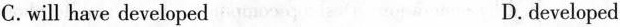
C.will have developed D.developed